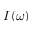
I ( \omega )